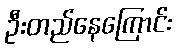
ဦးတည်နေကြောင်း